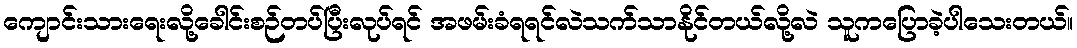
ကျောင်းသားရေးလို့ခေါင်းစဉ်တပ်ပြီးလုပ်ရင် အဖမ်းခံရရင်လဲသက်သာနိုင်တယ်လို့လဲ သူကပြောခဲ့ပါသေးတယ်။